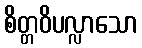
စိတ္တဝိပလ္လာသော